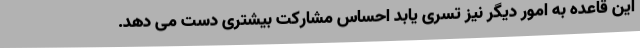
این قاعده به امور دیگر نیز تسری یابد احساس مشارکت بیشتری دست می دهد.